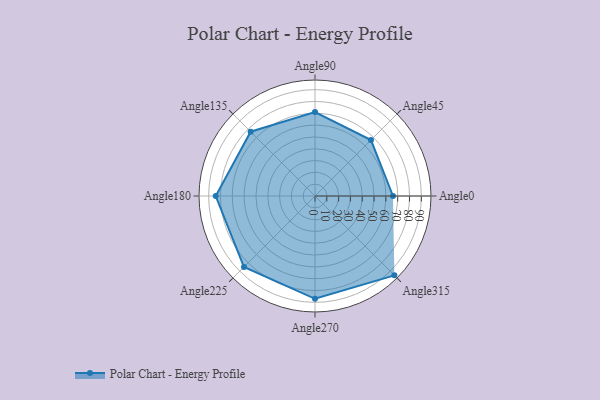
{"axis": {"x": "Angle", "y": "Radius"}, "legend": [""], "data": [{"x": "Angle0", "y": 66.0, "type": ""}, {"x": "Angle45", "y": 67.0, "type": ""}, {"x": "Angle90", "y": 71.0, "type": ""}, {"x": "Angle135", "y": 77.0, "type": ""}, {"x": "Angle180", "y": 84.0, "type": ""}, {"x": "Angle225", "y": 85.0, "type": ""}, {"x": "Angle270", "y": 87.0, "type": ""}, {"x": "Angle315", "y": 95.0, "type": ""}]}